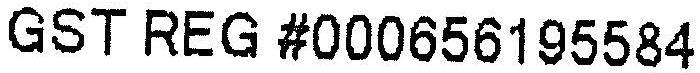
GST REG #000656195584